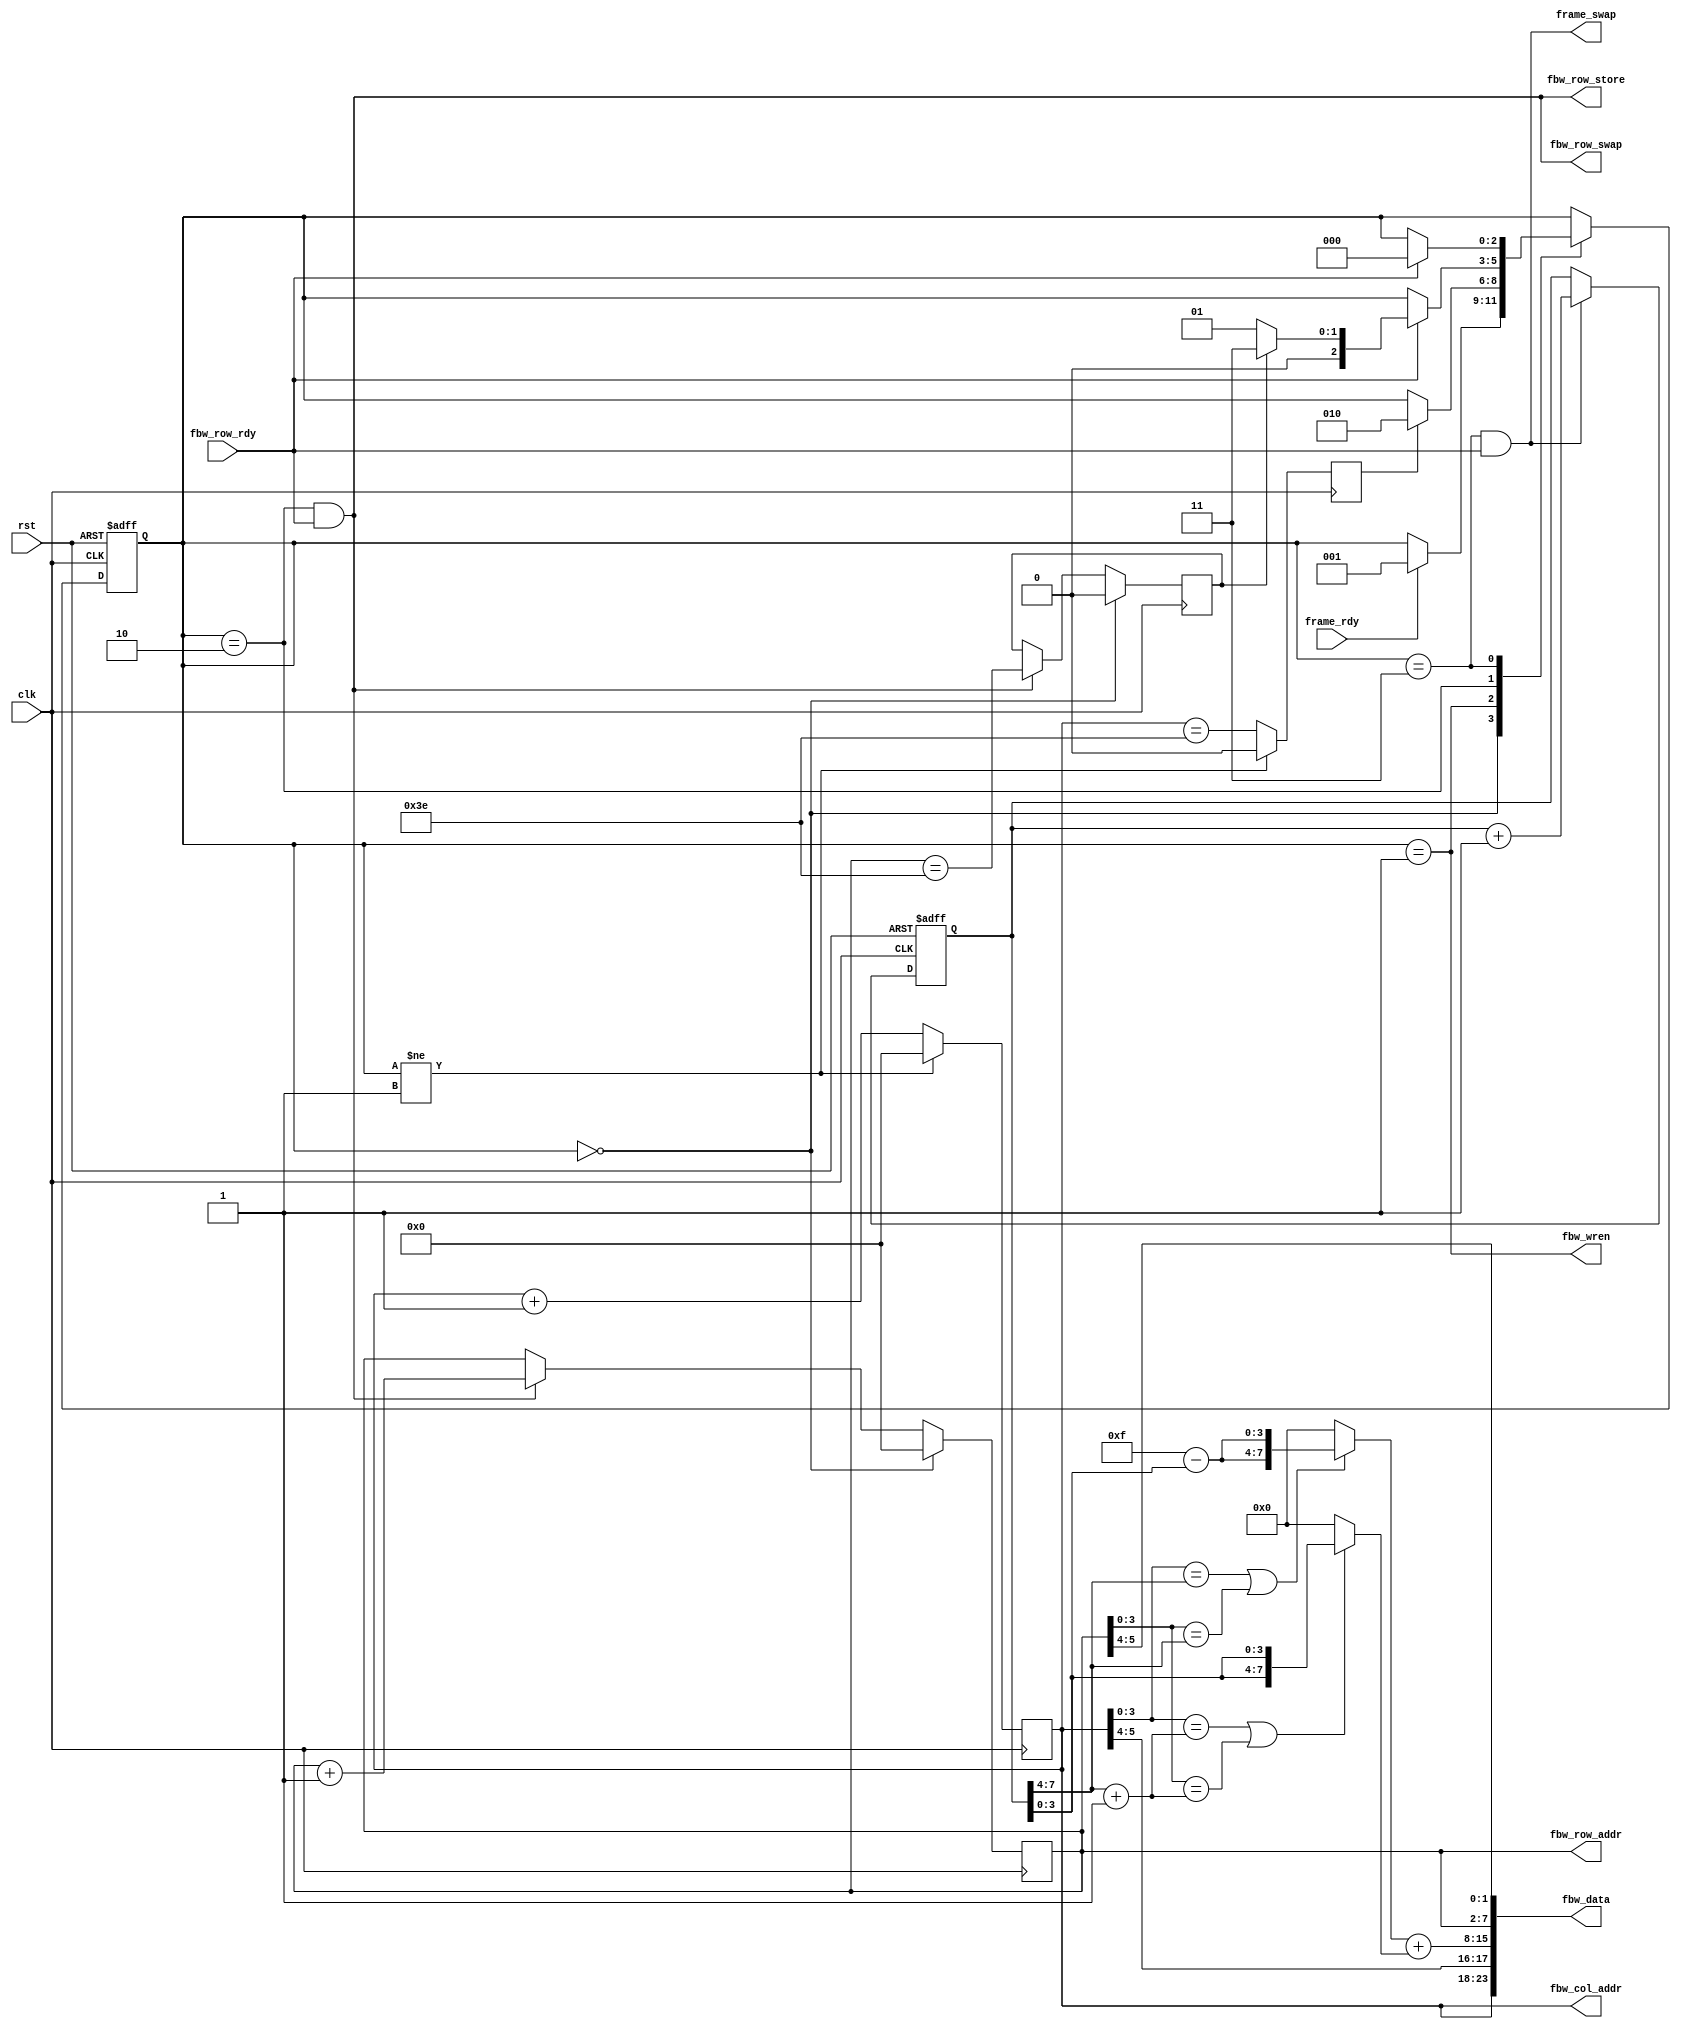
/*
 * pgen.v
 *
 * CERN Open Hardware Licence v1.2 - See LICENSE
 *
 * Copyright (C) 2018  Sylvain Munaut
 *
 * vim: ts=4 sw=4
 */

`default_nettype none

module pgen #(
	parameter integer N_ROWS   = 64,	// # of rows (must be power of 2!!!)
	parameter integer N_COLS   = 64,	// # of columns
	parameter integer BITDEPTH = 24,

	// Auto-set
	parameter integer LOG_N_ROWS  = $clog2(N_ROWS),
	parameter integer LOG_N_COLS  = $clog2(N_COLS)
)(
	// Frame Buffer write interface
	output wire [LOG_N_ROWS-1:0] fbw_row_addr,
	output wire fbw_row_store,
	input  wire fbw_row_rdy,
	output wire fbw_row_swap,

	output wire [BITDEPTH-1:0] fbw_data,
	output wire [LOG_N_COLS-1:0] fbw_col_addr,
	output wire fbw_wren,

	output wire frame_swap,
	input  wire frame_rdy,

	// Clock / Reset
	input  wire clk,
	input  wire rst
);

	// Signals
	// -------

	// FSM
	localparam
		ST_WAIT_FRAME	= 0,
		ST_GEN_ROW		= 1,
		ST_WRITE_ROW	= 2,
		ST_WAIT_ROW		= 3;

	reg  [2:0] fsm_state;
	reg  [2:0] fsm_state_next;

	// Counters
	reg [11:0] frame;
	reg [LOG_N_ROWS-1:0] cnt_row;
	reg [LOG_N_COLS-1:0] cnt_col;
	reg cnt_row_last;
	reg cnt_col_last;

	// Output
	wire [7:0] color [0:2];


	// FSM
	// ---

	// State register
	always @(posedge clk or posedge rst)
		if (rst)
			fsm_state <= ST_WAIT_FRAME;
		else
			fsm_state <= fsm_state_next;

	// Next-State logic
	always @(*)
	begin
		// Default is not to move
		fsm_state_next = fsm_state;

		// Transitions ?
		case (fsm_state)
			ST_WAIT_FRAME:
				if (frame_rdy)
					fsm_state_next = ST_GEN_ROW;

			ST_GEN_ROW:
				if (cnt_col_last)
					fsm_state_next = ST_WRITE_ROW;

			ST_WRITE_ROW:
				if (fbw_row_rdy)
					fsm_state_next = cnt_row_last ? ST_WAIT_ROW : ST_GEN_ROW;

			ST_WAIT_ROW:
				if (fbw_row_rdy)
					fsm_state_next = ST_WAIT_FRAME;
		endcase
	end


	// Counters
	// --------

	// Frame counter
	always @(posedge clk or posedge rst)
		if (rst)
			frame <= 0;
		else if ((fsm_state == ST_WAIT_ROW) && fbw_row_rdy)
			frame <= frame + 1;

	// Row counter
	always @(posedge clk)
		if (fsm_state == ST_WAIT_FRAME) begin
			cnt_row <= 0;
			cnt_row_last <= 1'b0;
		end else if ((fsm_state == ST_WRITE_ROW) && fbw_row_rdy) begin
			cnt_row <= cnt_row + 1;
			cnt_row_last <= cnt_row == ((1 << LOG_N_ROWS) - 2);
		end

	// Column counter
	always @(posedge clk)
		if (fsm_state != ST_GEN_ROW) begin
			cnt_col <= 0;
			cnt_col_last <= 0;
		end else begin
			cnt_col <= cnt_col + 1;
			cnt_col_last <= cnt_col == (N_COLS - 2);
		end


	// Front-Buffer write
	// ------------------

	// Generate R/B channels by taking 8 bits off the row/col counters
	// (and wrapping to the MSBs if those are shorter than 8 bits
	genvar i;
	generate
		for (i=0; i<8; i=i+1)
		begin
			assign color[0][7-i] = cnt_col[LOG_N_COLS-1-(i%LOG_N_COLS)];
			assign color[2][7-i] = cnt_row[LOG_N_ROWS-1-(i%LOG_N_ROWS)];
		end
	endgenerate

	// Moving green lines
	wire [3:0] c0 = frame[7:4];
	wire [3:0] c1 = frame[7:4] + 1;

	wire [3:0] a0 = 4'hf - frame[3:0];
	wire [3:0] a1 = frame[3:0];

	assign color[1] =
		(((cnt_col[3:0] == c0) || (cnt_row[3:0] == c0)) ? {a0, a0} : 8'h00) +
		(((cnt_col[3:0] == c1) || (cnt_row[3:0] == c1)) ? {a1, a1} : 8'h00);

	// Write enable and address
	assign fbw_wren = fsm_state == ST_GEN_ROW;
	assign fbw_col_addr = cnt_col;

	// Map to color
	generate
		if (BITDEPTH == 8)
			assign fbw_data = { color[0][7:5], color[1][7:5], color[2][7:6] };
		else if (BITDEPTH == 16)
			assign fbw_data = { color[0][7:3], color[1][7:2], color[2][7:3] };
		else if (BITDEPTH == 24)
			assign fbw_data = { color[0], color[1], color[2] };
	endgenerate


	// Back-Buffer store
	// -----------------

	assign fbw_row_addr  = cnt_row;
	assign fbw_row_store = (fsm_state == ST_WRITE_ROW) && fbw_row_rdy;
	assign fbw_row_swap  = (fsm_state == ST_WRITE_ROW) && fbw_row_rdy;


	// Next frame
	// ----------

	assign frame_swap = (fsm_state == ST_WAIT_ROW) && fbw_row_rdy;

endmodule // pgen